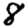
Digit: 8